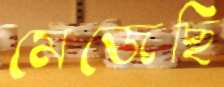
মেজেছি